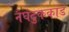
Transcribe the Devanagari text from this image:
नैघंटुककांड